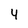
Character: 4